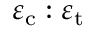
\varepsilon _ { \mathrm { c } } : \varepsilon _ { \mathrm { t } }